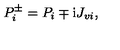
P _ { i } ^ { \pm } = P _ { i } \mp \mathrm { i } J _ { v i } ,